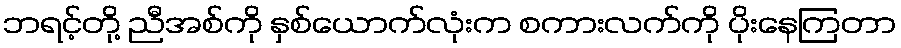
ဘရင့်တို့ ညီအစ်ကို နှစ်ယောက်လုံးက စကားလက်ကို ပိုးနေကြတာ